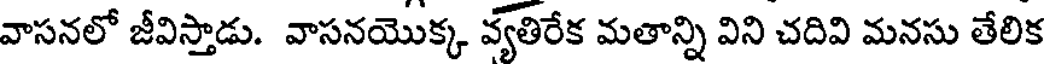
వాసనలో జీవిస్తాడు. వాసనయొక్క వ్యతిరేక మతాన్ని విని చదివి మనసు తేలిక